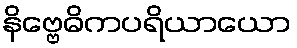
နိဗ္ဗေဓိကပရိယာယော